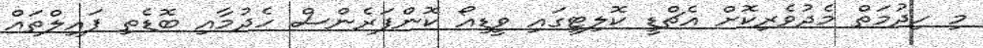
މި ހިދުމަތް މެދުވެރިކޮށް އެޗްޑީ ކޮލިޓީގައި ވީޑިއޯ ކޮންފަރެންސް ހެދުމާއި ބޮޑެތި ފައިލްތައް